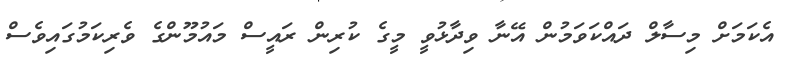
އެކަމަށް މިސާލް ދައްކަވަމުން އޭނާ ވިދާޅުވީ މީގެ ކުރިން ރައީސް މައުމޫންގެ ވެރިކަމުގައިވެސް